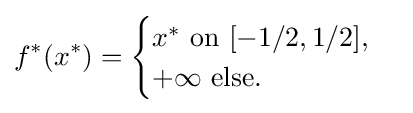
f^{*}(x^{*})={\begin{cases}x^{*}{\text{ on }}[-1/2,1/2],\\+\infty {\text{ else.}}\end{cases}}